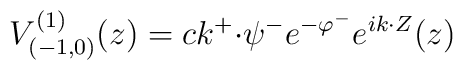
V^{(1)}_{({-}1,0)}(z)  = c k^+ {\cdot} \psi^- e^{-\varphi^-} e^{i k {\cdot} Z} (z)